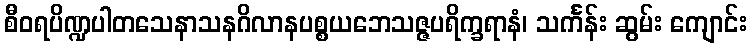
စီဝရပိဏ္ဍပါတသေနာသနဂိလာနပစ္စယဘေသဇ္ဇပရိက္ခရာနံ၊ သင်္ကန်း ဆွမ်း ကျောင်း